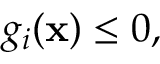
g _ { i } ( \mathbf { x } ) \leq 0 ,